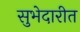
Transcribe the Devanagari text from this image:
सुभेदारीत